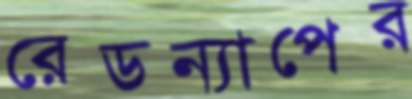
রেডন্যাপের